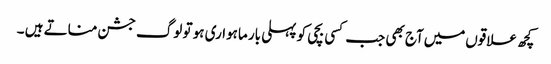
کچھ علاقوں‌میں‌آج بھی جب کسی بچی کو پہلی بار ماہواری ہو تو لوگ جشن مناتے ہیں ۔